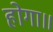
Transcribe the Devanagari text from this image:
होगा॥